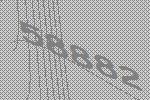
58882